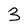
Character: 3